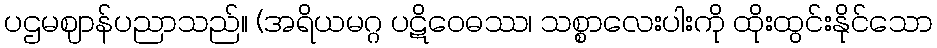
ပဌမဈာန်ပညာသည်။ (အရိယမဂ္ဂ ပဋိဝေဓဿ၊ သစ္စာလေးပါးကို ထိုးထွင်းနိုင်သော